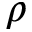
\rho